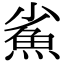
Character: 𩵮